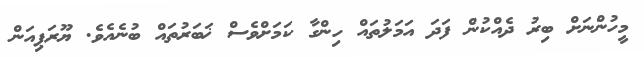
މީހުންނަށް ބިރު ދެއްކުން ފަދަ އަމަލުތައް ހިންގާ ކަމަށްވެސް ޚަބަރުތައް ބުނެއެވެ. ޔޫރަޕިއަން